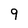
Character: 9